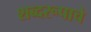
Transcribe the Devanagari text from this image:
शब्दरूपाचे